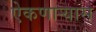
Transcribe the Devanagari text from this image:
ऐकणार्‍यास